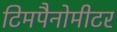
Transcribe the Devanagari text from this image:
टिमपैनोमीटर